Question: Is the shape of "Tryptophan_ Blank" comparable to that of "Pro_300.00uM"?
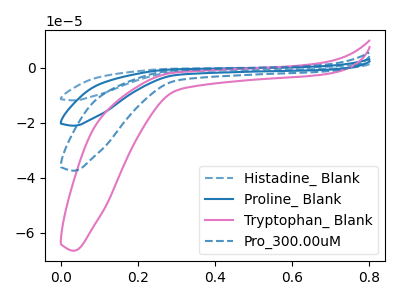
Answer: <think>The blue dashed curve "Histadine_ Blank" has no peaks. The blue curve "Proline_ Blank" has no peaks. The pink curve "Tryptophan_ Blank" has no peaks. The blue dashed curve "Pro_300.00uM" has no peaks.
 Neither "Tryptophan_ Blank" or "Pro_300.00uM" have any peaks.</think>
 <answer>"Tryptophan_ Blank" and "Pro_300.00uM" are similar in shape.</answer>
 <eval>same_shape</eval>